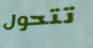
تتحول